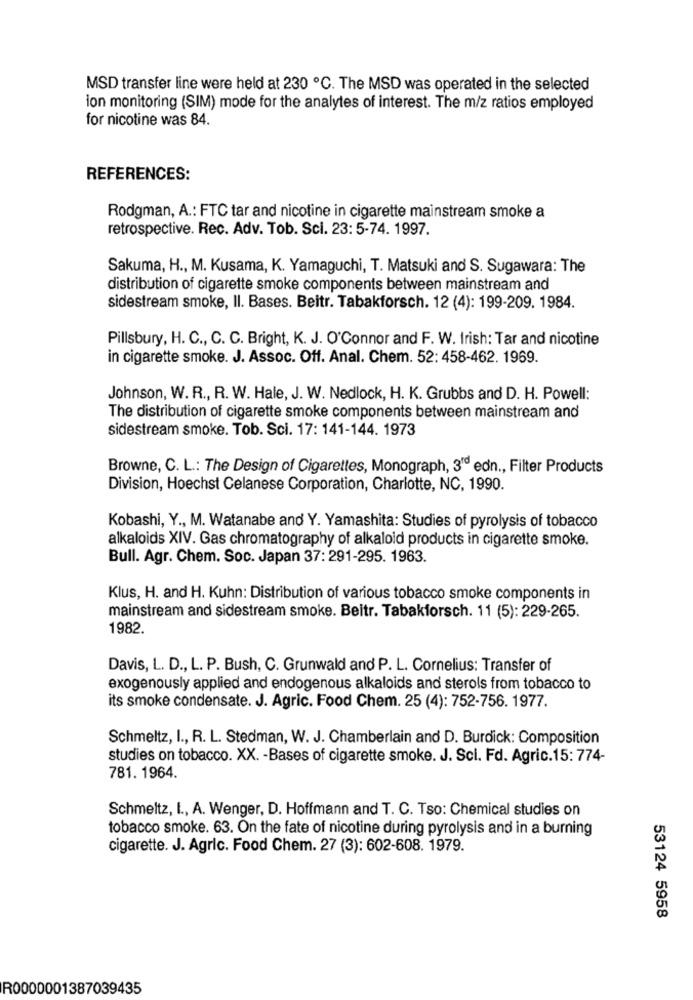
MSD transfer line were held at 230 ℃. The MSD was operated in the selected
ion monitoring (SIM) mode for the analytes of interest. The m/z ratios employed
for nicotine was 84.
REFERENCES:
Rodgman, A .: FTC tar and nicotine in cigarette mainstream smoke a
retrospective. Rec. Adv. Tob. Sci. 23: 5-74. 1997.
Sakuma, H ., M. Kusama, K. Yamaguchi, T. Matsuki and S. Sugawara: The
distribution of cigarette smoke components between mainstream and
sidestream smoke, Il. Bases. Beitr. Tabakforsch. 12 (4): 199-209. 1984.
Pillsbury, H. C ., C. C. Bright, K. J. O'Connor and F. W. Irish: Tar and nicotine
in cigarette smoke. J. Assoc. Off. Anal. Chem. 52: 458-462. 1969.
Johnson, W. R ., R. W. Hale, J. W. Nedlock, H. K. Grubbs and D. H. Powell:
The distribution of cigarette smoke components between mainstream and
sidestream smoke. Tob. Sci. 17: 141-144. 1973
Browne, C. L .: The Design of Cigarettes, Monograph, 3rd edn ., Filter Products
Division, Hoechst Celanese Corporation, Charlotte, NC, 1990.
Kobashi, Y ., M. Watanabe and Y. Yamashita: Studies of pyrolysis of tobacco
alkaloids XIV. Gas chromatography of alkaloid products in cigarette smoke.
Bull. Agr. Chem. Soc. Japan 37: 291-295. 1963.
Klus, H. and H. Kuhn: Distribution of various tobacco smoke components in
mainstream and sidestream smoke. Beitr. Tabakforsch. 11 (5): 229-265.
1982.
Davis, L. D ., L. P. Bush, C. Grunwald and P. L. Cornelius: Transfer of
exogenously applied and endogenous alkaloids and sterols from tobacco to
its smoke condensate. J. Agric. Food Chem. 25 (4): 752-756. 1977.
Schmeltz, I ., R. L. Stedman, W. J. Chamberlain and D. Burdick: Composition
studies on tobacco. XX. - Bases of cigarette smoke. J. Sci. Fd. Agric.15: 774-
781. 1964.
Schmeltz, I ., A. Wenger, D. Hoffmann and T. C. Tso: Chemical studies on
tobacco smoke. 63. On the fate of nicotine during pyrolysis and in a burning
cigarette. J. Agric. Food Chem. 27 (3): 602-608. 1979.
53124 5958
R0000001387039435